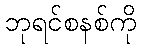
ဘုရင်စနစ်ကို